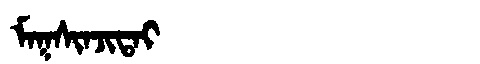
Manchu: ᠮᠠᡴᠰᡳᠨᠵᡳᡨᠠᡳ
Romanization: MAKSINJITAI